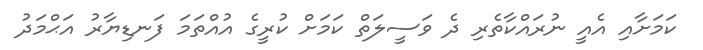
ކަމަށާއި އެއީ ނުރައްކާތެރި ދެ ވަސީލަތް ކަމަށް ކުރީގެ އުއްތަމަ ފަނޑިޔާރު އަޙްމަދު